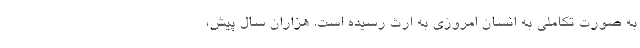
به صورت تکاملی به انسان امروزی به ارث رسیده‌ است. هزاران سال پیش،